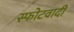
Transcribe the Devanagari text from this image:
स्फोटवादी